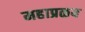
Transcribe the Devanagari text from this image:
महाप्रळय